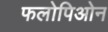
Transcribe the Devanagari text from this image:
फलोपिओन